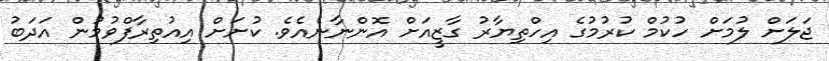
ޖަލަށް ލުމަށް ހުކުމް ކުރުމުގެ އިހްތިޔާރު ގާޒީއަށް އޮންނާނެއެވެ. ކުށަށް އިއުތިރާފްވުމުން އަދަބު